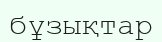
бұзықтар